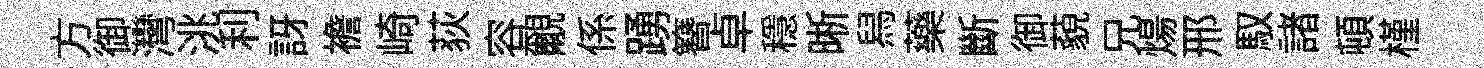
方御灣洮利訝襜崎荻容覼係踴簪卓穩晰舄藥斷御藐兄煬邢馭諸頓槿